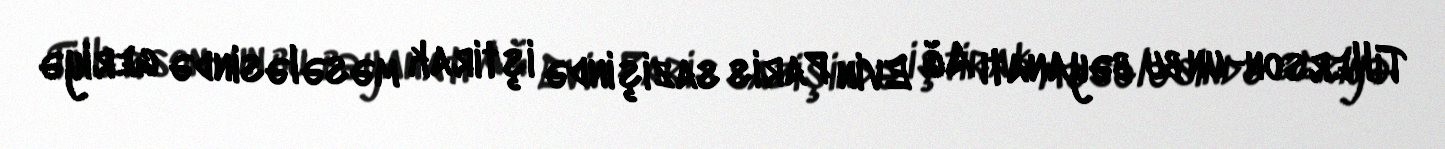
Tillerson-un bu bəyanatı Ağ Evin Paris sazişində iştirak məsələsində geriyə